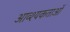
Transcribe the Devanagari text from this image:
आव्श्यकताओं